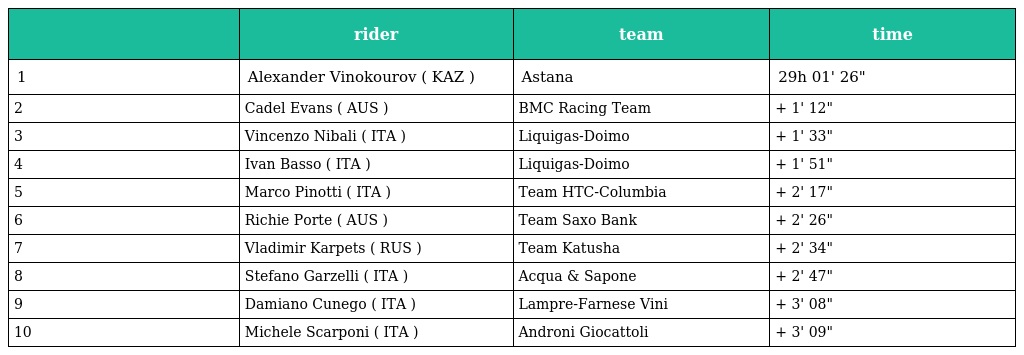
|  | rider | team | time |
 | --- | --- | --- | --- |
 | 1 | Alexander Vinokourov ( KAZ ) | Astana | 29h 01' 26" |
 | 2 | Cadel Evans ( AUS ) | BMC Racing Team | + 1' 12" |
 | 3 | Vincenzo Nibali ( ITA ) | Liquigas-Doimo | + 1' 33" |
 | 4 | Ivan Basso ( ITA ) | Liquigas-Doimo | + 1' 51" |
 | 5 | Marco Pinotti ( ITA ) | Team HTC-Columbia | + 2' 17" |
 | 6 | Richie Porte ( AUS ) | Team Saxo Bank | + 2' 26" |
 | 7 | Vladimir Karpets ( RUS ) | Team Katusha | + 2' 34" |
 | 8 | Stefano Garzelli ( ITA ) | Acqua & Sapone | + 2' 47" |
 | 9 | Damiano Cunego ( ITA ) | Lampre-Farnese Vini | + 3' 08" |
 | 10 | Michele Scarponi ( ITA ) | Androni Giocattoli | + 3' 09" |